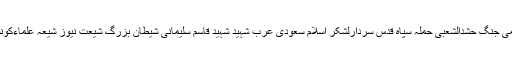
shiitenews ابومہدی المہندس امریکہ آیت اللہ خامنہ ای ایران بغداد بھارتی مظالم تیسری عالمی جنگ حشدالشعبی حملہ سپاہ قدس سردارلشکر اسلام سعودی عرب شہید شہید قاسم سلیمانی شیطان بزرگ شیعت نیوز شیعہ علماءکونسل پاکستان عراق علامہ سید ساجدعلی نقوی یوم یکجہتی کشمیر